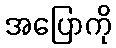
အပြောကို